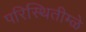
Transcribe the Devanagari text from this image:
परिस्थितीम्ळे